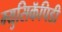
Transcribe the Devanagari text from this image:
म्युसिकॅपिडी